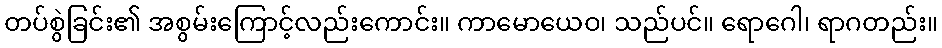
တပ်စွဲခြင်း၏ အစွမ်းကြောင့်လည်းကောင်း။ ကာမောယေဝ၊ သည်ပင်။ ရောဂေါ၊ ရာဂတည်း။